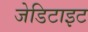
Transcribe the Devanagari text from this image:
जेडिटाइट